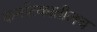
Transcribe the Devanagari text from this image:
कर्नाटकातीलच